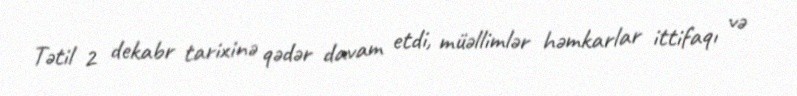
Tətil 2 dekabr tarixinə qədər davam etdi, müəllimlər həmkarlar ittifaqı və